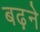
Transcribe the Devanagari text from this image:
बढ़़ने